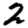
Digit: 2